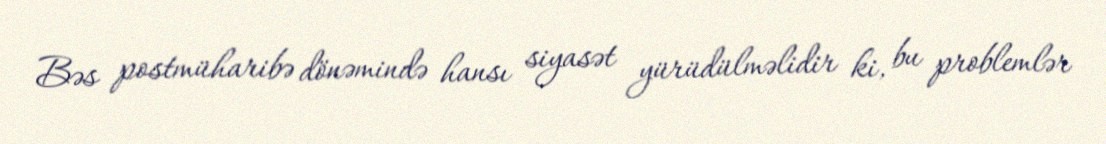
Bəs postmüharibə dönəmində hansı siyasət yürüdülməlidir ki, bu problemlər